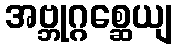
အဗ္ဘုဂ္ဂစ္ဆေယျ